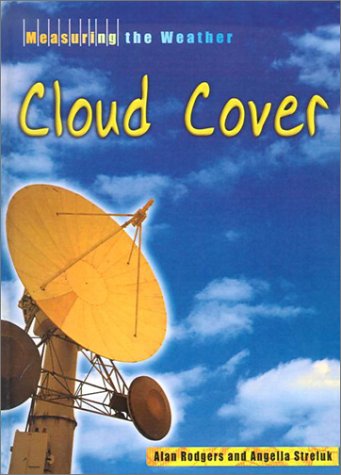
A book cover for Cloud Cover (Measuring the Weather); Alan Rodgers; Science & Math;